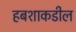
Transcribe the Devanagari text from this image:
हबशाकडील